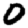
Digit: 0